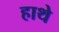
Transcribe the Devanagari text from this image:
हाथे